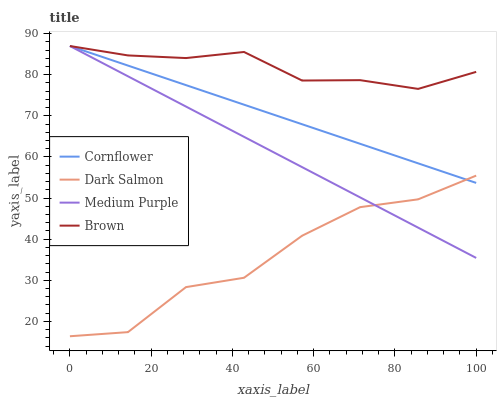
| xaxis_label | Cornflower | Dark Salmon | Medium Purple | Brown |
 | --- | --- | --- | --- | --- |
 | 0 | 87 | 16.4 | 87 | 87 |
 | 14.3 | 82.2 | 17.4 | 79.6 | 84.7 |
 | 28.6 | 77.5 | 28.3 | 72.3 | 84.1 |
 | 42.9 | 72.7 | 30.6 | 64.9 | 85.5 |
 | 57.1 | 68 | 40.8 | 57.5 | 78.6 |
 | 71.4 | 63.2 | 47.8 | 50.2 | 78.7 |
 | 85.7 | 58.4 | 49.7 | 42.8 | 76.6 |
 | 100 | 53.7 | 55.5 | 35.4 | 80.7 |